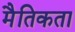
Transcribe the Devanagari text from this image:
मैतिकता